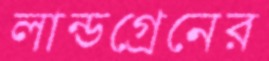
লান্ডগ্রেনের